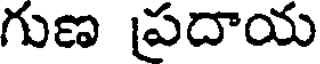
గుణ ప్రదాయ